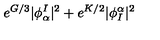
e ^ { G / 3 } | \phi _ { \alpha } ^ { I } | ^ { 2 } + e ^ { K / 2 } | \phi _ { I } ^ { \alpha } | ^ { 2 }